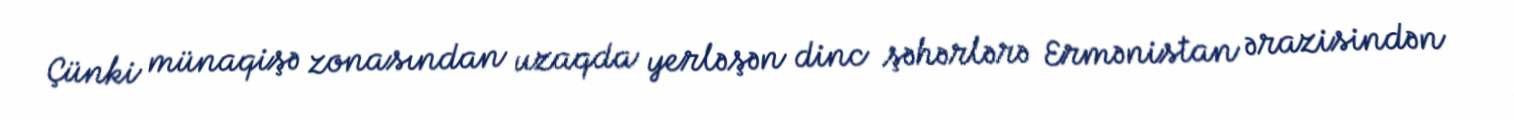
Çünki münaqişə zonasından uzaqda yerləşən dinc şəhərlərə Ermənistan ərazisindən